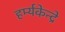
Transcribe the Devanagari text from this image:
हर्म्यकेन्द्रे